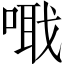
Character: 𠺵